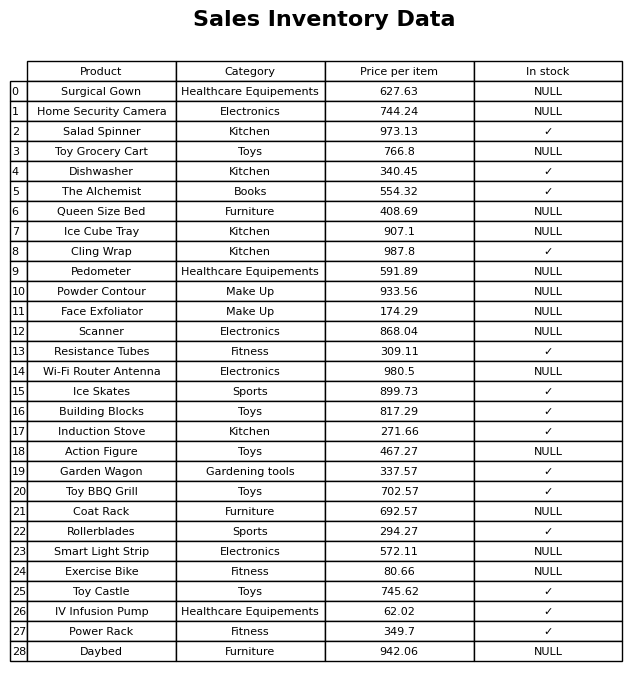
question: Which products are currently out of stock?
answer: Surgical Gown, Home Security Camera, Toy Grocery Cart, Queen Size Bed, Ice Cube Tray, Pedometer, Powder Contour, Face Exfoliator, Scanner, Wi-Fi Router Antenna, Action Figure, Coat Rack, Smart Light Strip, Exercise Bike, Daybed